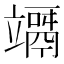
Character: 竵